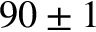
9 0 \pm 1